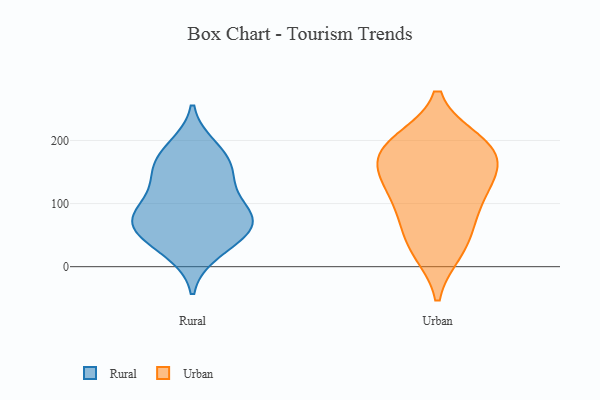
{"axis": {"x": "Revenue (USD Million)", "y": "Value"}, "legend": ["Rural", "Urban"], "data": [{"x": "", "y": 35, "type": "Rural"}, {"x": "", "y": 159, "type": "Rural"}, {"x": "", "y": 66, "type": "Rural"}, {"x": "", "y": 58, "type": "Rural"}, {"x": "", "y": 178, "type": "Rural"}, {"x": "", "y": 64, "type": "Rural"}, {"x": "", "y": 108, "type": "Rural"}, {"x": "", "y": 148, "type": "Rural"}, {"x": "", "y": 78, "type": "Rural"}, {"x": "", "y": 189, "type": "Rural"}, {"x": "", "y": 80, "type": "Rural"}, {"x": "", "y": 84, "type": "Rural"}, {"x": "", "y": 138, "type": "Rural"}, {"x": "", "y": 23, "type": "Rural"}, {"x": "", "y": 187, "type": "Urban"}, {"x": "", "y": 26, "type": "Urban"}, {"x": "", "y": 31, "type": "Urban"}, {"x": "", "y": 198, "type": "Urban"}, {"x": "", "y": 151, "type": "Urban"}, {"x": "", "y": 90, "type": "Urban"}, {"x": "", "y": 69, "type": "Urban"}, {"x": "", "y": 187, "type": "Urban"}, {"x": "", "y": 131, "type": "Urban"}, {"x": "", "y": 154, "type": "Urban"}, {"x": "", "y": 190, "type": "Urban"}, {"x": "", "y": 116, "type": "Urban"}]}